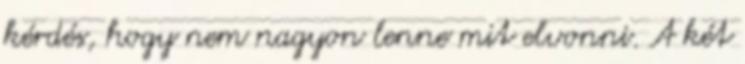
kérdés, hogy nem nagyon lenne mit elvonni. A két